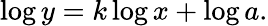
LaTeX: \log y=k\log x+\log a.